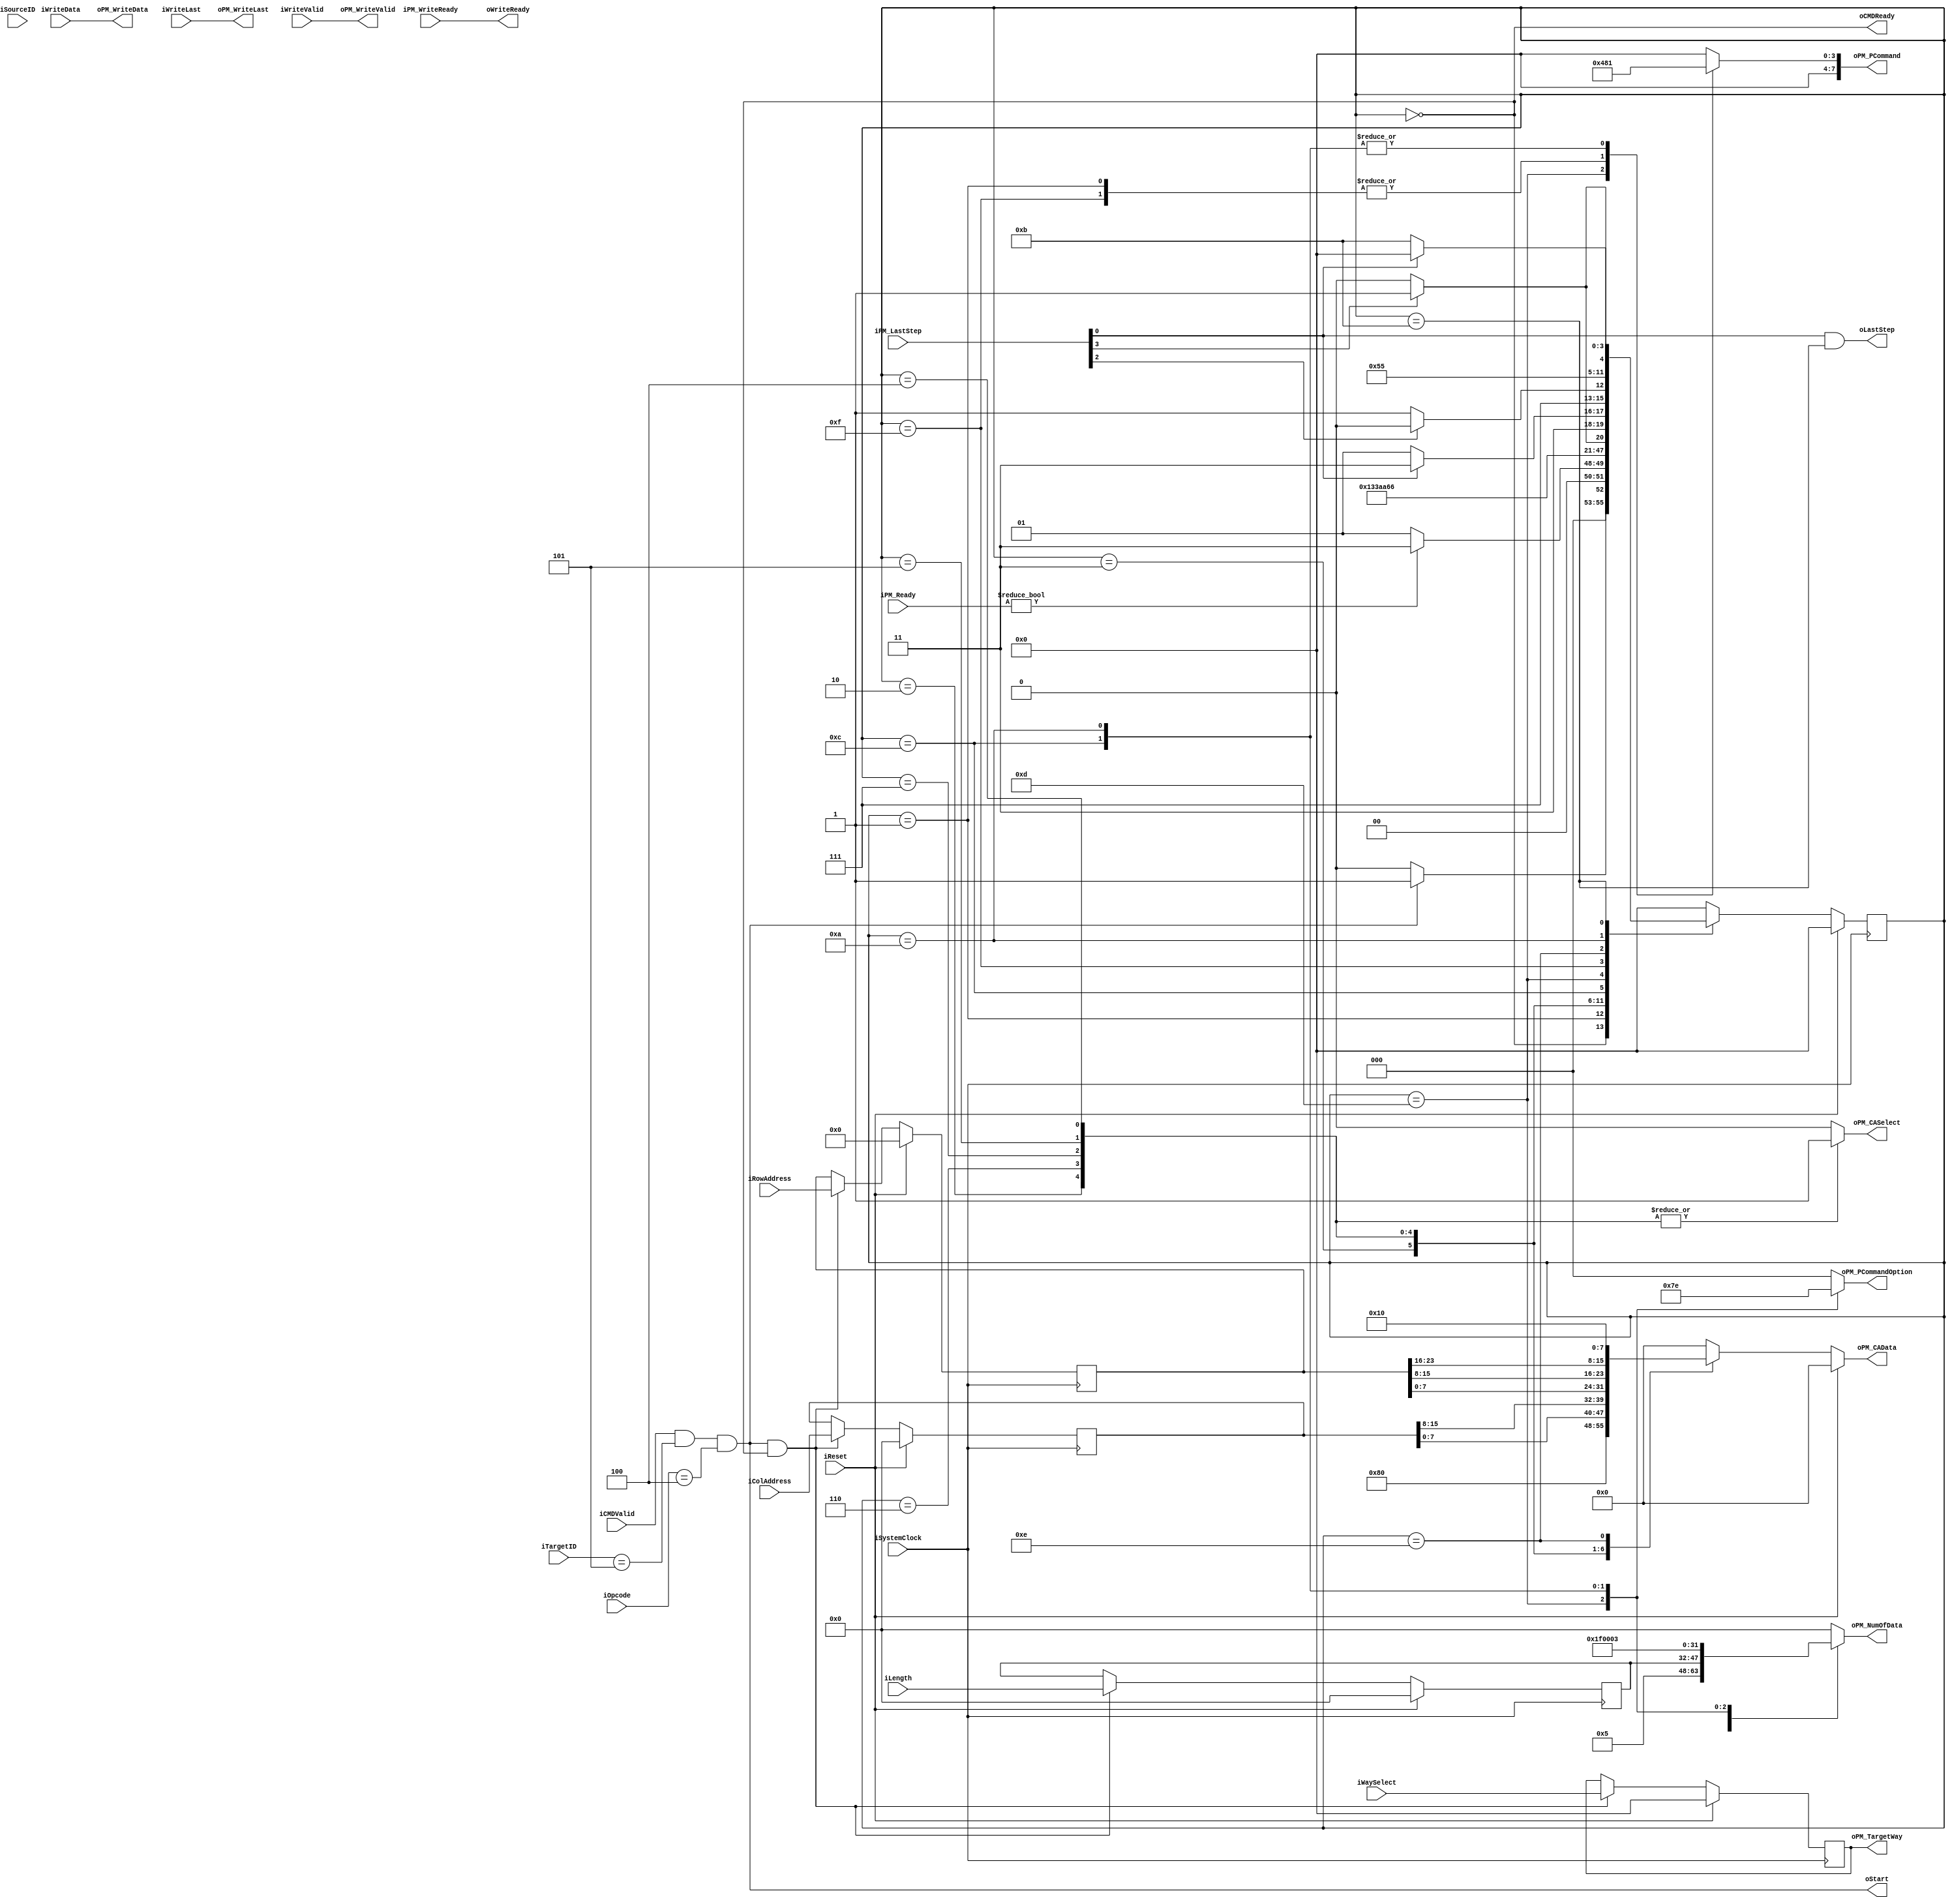
//////////////////////////////////////////////////////////////////////////////////
// NPCG_Toggle_BNC_P_program for Cosmos OpenSSD
// Copyright (c) 2015 Hanyang University ENC Lab.
// Contributed by Kibin Park <kbpark@enc.hanyang.ac.kr>
//                Ilyong Jung <iyjung@enc.hanyang.ac.kr>
//                Yong Ho Song <yhsong@enc.hanyang.ac.kr>
//
// This file is part of Cosmos OpenSSD.
//
// Cosmos OpenSSD is free software; you can redistribute it and/or modify
// it under the terms of the GNU General Public License as published by
// the Free Software Foundation; either version 3, or (at your option)
// any later version.
//
// Cosmos OpenSSD is distributed in the hope that it will be useful,
// but WITHOUT ANY WARRANTY; without even the implied warranty of
// MERCHANTABILITY or FITNESS FOR A PARTICULAR PURPOSE.
// See the GNU General Public License for more details.
//
// You should have received a copy of the GNU General Public License
// along with Cosmos OpenSSD; see the file COPYING.
// If not, see <http://www.gnu.org/licenses/>. 
//////////////////////////////////////////////////////////////////////////////////

//////////////////////////////////////////////////////////////////////////////////
// Company: ENC Lab. <http://enc.hanyang.ac.kr>
// 
// Project Name: Cosmos OpenSSD
// Design Name: NPCG_Toggle_BNC_P_program
// Module Name: NPCG_Toggle_BNC_P_program
//
// Version: v1.0.0
//
// Description: Page program execution FSM
//
//////////////////////////////////////////////////////////////////////////////////

//////////////////////////////////////////////////////////////////////////////////
// Revision History:
//
// * v1.0.0
//   - first draft
//////////////////////////////////////////////////////////////////////////////////
`timescale 1ns / 1ps

module NPCG_Toggle_BNC_P_program
#
(
    parameter NumberOfWays    =   4
)
(
    iSystemClock        ,
    iReset              ,
    iOpcode             ,
    iTargetID           ,
    iSourceID           ,
    iLength             ,
    iCMDValid           ,
    oCMDReady           ,
    iWriteData          ,
    iWriteLast          ,
    iWriteValid         ,
    oWriteReady         ,
    iWaySelect          ,
    iColAddress         ,
    iRowAddress         ,
    oStart              ,
    oLastStep           ,
    iPM_Ready           ,
    iPM_LastStep        ,
    oPM_PCommand        ,
    oPM_PCommandOption  ,
    oPM_TargetWay       ,
    oPM_NumOfData       ,
    oPM_CASelect        ,
    oPM_CAData          ,
    oPM_WriteData       ,
    oPM_WriteLast       ,
    oPM_WriteValid      ,
    iPM_WriteReady
);
    input                           iSystemClock            ;
    input                           iReset                  ;
    input   [5:0]                   iOpcode                 ;
    input   [4:0]                   iTargetID               ;
    input   [4:0]                   iSourceID               ;
    input   [15:0]                  iLength                 ;
    input                           iCMDValid               ;
    output                          oCMDReady               ;
    input   [31:0]                  iWriteData              ;
    input                           iWriteLast              ;
    input                           iWriteValid             ;
    output                          oWriteReady             ;
    input   [NumberOfWays - 1:0]    iWaySelect              ;
    input   [15:0]                  iColAddress             ;
    input   [23:0]                  iRowAddress             ;
    output                          oStart                  ;
    output                          oLastStep               ;
    input   [7:0]                   iPM_Ready               ;
    input   [7:0]                   iPM_LastStep            ;
    output  [7:0]                   oPM_PCommand            ;
    output  [2:0]                   oPM_PCommandOption      ;
    output  [NumberOfWays - 1:0]    oPM_TargetWay           ;
    output  [15:0]                  oPM_NumOfData           ;
    output                          oPM_CASelect            ;
    output  [7:0]                   oPM_CAData              ;
    output  [31:0]                  oPM_WriteData           ;
    output                          oPM_WriteLast           ;
    output                          oPM_WriteValid          ;
    input                           iPM_WriteReady          ;

    reg [NumberOfWays - 1:0]    rTargetWay  ;
    reg [15:0]                  rColAddress ;
    reg [23:0]                  rRowAddress ;
    wire                        wModuleTriggered;
    
    reg [7:0]                   rPMTrigger  ;
    reg [2:0]                   rPCommandOption ;
    reg [15:0]                  rPMLength   ;
    reg [15:0]                  rTrfLength  ;
    
    reg [7:0]                   rCAData     ;
    reg                         rPMCommandOrAddress ;

    localparam  State_Idle          = 4'b0000   ;
    localparam  State_NCALIssue0    = 4'b0001   ;
    localparam  State_NCmdWrite0    = 4'b0011   ;
    localparam  State_NAddrWrite0   = 4'b0010   ;
    localparam  State_NAddrWrite1   = 4'b0110   ;
    localparam  State_NAddrWrite2   = 4'b0111   ;
    localparam  State_NAddrWrite3   = 4'b0101   ;
    localparam  State_NAddrWrite4   = 4'b0100   ;
    localparam  State_WaitTADL      = 4'b1100   ;
    localparam  State_DOIssue       = 4'b1101   ;
    localparam  State_NCALIssue1    = 4'b1111   ;
    localparam  State_NCmdWrite1    = 4'b1110   ;
    localparam  State_NTimerIssue   = 4'b1010   ;
    localparam  State_WaitDone      = 4'b1011   ;
    
    reg [3:0]   rCurState   ;
    reg [3:0]   rNextState  ;

    always @ (posedge iSystemClock)
        if (iReset)
            rCurState <= State_Idle;
        else
            rCurState <= rNextState;

    always @ (*)
        case (rCurState)
        State_Idle:
            rNextState <= (wModuleTriggered)?State_NCALIssue0:State_Idle;
        State_NCALIssue0:
            rNextState <= (iPM_Ready)?State_NCmdWrite0:State_NCALIssue0;
        State_NCmdWrite0:
            rNextState <= State_NAddrWrite0;
        State_NAddrWrite0:
            rNextState <= State_NAddrWrite1;
        State_NAddrWrite1:
            rNextState <= State_NAddrWrite2;
        State_NAddrWrite2:
            rNextState <= State_NAddrWrite3;
        State_NAddrWrite3:
            rNextState <= State_NAddrWrite4;
        State_NAddrWrite4:
            rNextState <= State_WaitTADL;
        State_WaitTADL:
            rNextState <= (iPM_LastStep[3])?State_DOIssue:State_WaitTADL;
        State_DOIssue:
            rNextState <= (iPM_LastStep[0])? State_NCALIssue1:State_DOIssue;
        State_NCALIssue1:
            rNextState <= (iPM_LastStep[2])? State_NCmdWrite1:State_NCALIssue1;
        State_NCmdWrite1:
            rNextState <= State_NTimerIssue;
        State_NTimerIssue:
            rNextState <= (iPM_LastStep[3])? State_WaitDone:State_NTimerIssue;
        State_WaitDone:
            rNextState <= (iPM_LastStep[0])?State_Idle:State_WaitDone;
        default:
            rNextState <= State_Idle;
        endcase
    
    assign wModuleTriggered = (iCMDValid && iTargetID == 5'b00101 && iOpcode == 6'b000100);
    assign oCMDReady = (rCurState == State_Idle);
    
    always @ (posedge iSystemClock)
        if (iReset)
        begin
            rTargetWay  <= {(NumberOfWays){1'b0}};
            rColAddress <= 16'b0;
            rRowAddress <= 24'b0;
            rTrfLength  <= 16'b0;
        end
        else
            if (wModuleTriggered && (rCurState == State_Idle))
            begin
                rTargetWay  <= iWaySelect   ;
                rColAddress <= iColAddress  ;
                rRowAddress <= iRowAddress  ;
                rTrfLength  <= iLength;
            end
    
    always @ (*)
        case (rCurState)
        State_NCALIssue0:
            rPMTrigger <= 8'b0000_1000;
        State_DOIssue:
            rPMTrigger <= 8'b0000_0100;
        State_NCALIssue1:
            rPMTrigger <= 8'b0000_1000;
        State_WaitTADL:
            rPMTrigger <= 8'b0000_0001;
        State_NTimerIssue:
            rPMTrigger <= 8'b0000_0001;
        default:
            rPMTrigger <= 0;
        endcase
    
    always @ (*)
        case (rCurState)
        State_DOIssue:
            rPCommandOption[2:0] <= 3'b001; // DDR
        State_WaitTADL:
            rPCommandOption[2:0] <= 3'b111;
        State_NTimerIssue:
            rPCommandOption[2:0] <= 3'b110;
        default:
            rPCommandOption[2:0] <= 0;
        endcase
    
    always @ (*)
        case (rCurState)
        State_NCALIssue0:
            rPMLength <= 16'd5; // 1 cmd + 5 addr = 6 (=> 5)
        State_DOIssue:
            rPMLength <= rTrfLength;
        State_NCALIssue1:
            rPMLength <= 16'd0; // 1 cmd = 1 (=> 0)
        State_WaitTADL:
            rPMLength <= 16'd31; // 320 ns
        State_NTimerIssue:
            rPMLength <= 16'd3; // 40 ns
        default:
            rPMLength <= 0;
        endcase
        
    always @ (*)
        case (rCurState)
        State_NCmdWrite0:
            rPMCommandOrAddress <= 1'b0;
        State_NCmdWrite1:
            rPMCommandOrAddress <= 1'b0;
        State_NAddrWrite0:
            rPMCommandOrAddress <= 1'b1;
        State_NAddrWrite1:
            rPMCommandOrAddress <= 1'b1;
        State_NAddrWrite2:
            rPMCommandOrAddress <= 1'b1;
        State_NAddrWrite3:
            rPMCommandOrAddress <= 1'b1;
        State_NAddrWrite4:
            rPMCommandOrAddress <= 1'b1;
        default:
            rPMCommandOrAddress <= 0;
        endcase
    
    always @ (*)
        if (iReset)
            rCAData <= 8'b0;
        else
            case (rCurState)
            State_NCmdWrite0:
                rCAData <= 8'h80;
            State_NAddrWrite0:
                rCAData <= rColAddress[7:0];
            State_NAddrWrite1:
                rCAData <= rColAddress[15:8];
            State_NAddrWrite2:
                rCAData <= rRowAddress[7:0];
            State_NAddrWrite3:
                rCAData <= rRowAddress[15:8];
            State_NAddrWrite4:
                rCAData <= rRowAddress[23:16];
            State_NCmdWrite1:
                rCAData <= 8'h10;
            default:
                rCAData <= 0;
            endcase
    
    assign oStart = wModuleTriggered;
    assign oLastStep    = iPM_LastStep[0] & (rCurState == State_WaitDone);
    
    assign oPM_PCommand         = rPMTrigger;
    assign oPM_PCommandOption   = rPCommandOption;//1'b1; // DDR
    assign oPM_TargetWay        = rTargetWay;
    assign oPM_NumOfData        = rPMLength ;
    assign oPM_CASelect         = rPMCommandOrAddress;
    assign oPM_CAData           = rCAData;
    assign oPM_WriteData        = iWriteData;
    assign oPM_WriteLast        = iWriteLast;
    assign oPM_WriteValid       = iWriteValid;
    assign oWriteReady          = iPM_WriteReady;
    
endmodule